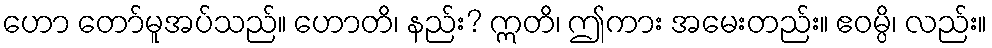
ဟော တော်မူအပ်သည်။ ဟောတိ၊ နည်း? ဣတိ၊ ဤကား အမေးတည်း။ ဧဝမ္ပိ၊ လည်း။